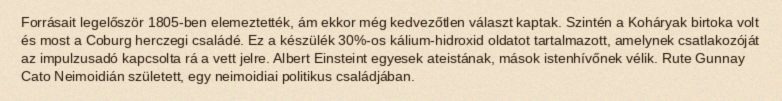
Forrásait legelőször 1805-ben elemeztették, ám ekkor még kedvezőtlen választ kaptak. Szintén a Koháryak birtoka volt és most a Coburg herczegi családé. Ez a készülék 30%-os kálium-hidroxid oldatot tartalmazott, amelynek csatlakozóját az impulzusadó kapcsolta rá a vett jelre. Albert Einsteint egyesek ateistának, mások istenhívőnek vélik. Rute Gunnay Cato Neimoidián született, egy neimoidiai politikus családjában.